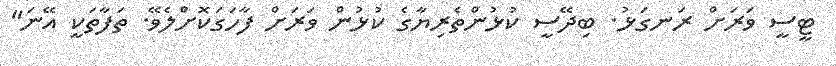
ޓީސީ ވަރަށް ރަނގަޅު. ބިދޭސީ ކުޅުންތެރިޔާގެ ކުޅުން ވަރަށް ފާހަގަކޮށްލެވޭ. ތަފާތަކީ އޭނަ"